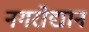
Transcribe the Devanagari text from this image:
नगरोद्यान